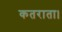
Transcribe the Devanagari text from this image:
कतराता।